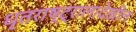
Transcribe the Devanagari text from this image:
धृतराष्ट्रालादेखील